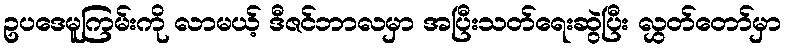
ဥပဒေမူကြမ်းကို လာမယ့် ဒီဇင်ဘာလမှာ အပြီးသတ်ရေးဆွဲပြီး လွှတ်တော်မှာ